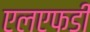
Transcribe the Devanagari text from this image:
एलएफडी